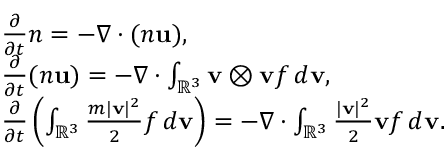
\begin{array} { r l } & { \frac { \partial } { \partial t } n = - \nabla \cdot ( n \mathbf { u } ) , } \\ & { \frac { \partial } { \partial t } ( n \mathbf { u } ) = - \nabla \cdot \int _ { \mathbb { R } ^ { 3 } } \mathbf { v } \otimes \mathbf { v } f \, d \mathbf { v } , } \\ & { \frac { \partial } { \partial t } \left( \int _ { \mathbb { R } ^ { 3 } } \frac { m | \mathbf { v } | ^ { 2 } } { 2 } f \, d \mathbf { v } \right) = - \nabla \cdot \int _ { \mathbb { R } ^ { 3 } } \frac { | \mathbf { v } | ^ { 2 } } { 2 } \mathbf { v } f \, d \mathbf { v } . } \end{array}